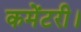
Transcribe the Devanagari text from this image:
कमेंटरी।